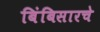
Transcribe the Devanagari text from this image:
बिंबिसारचे